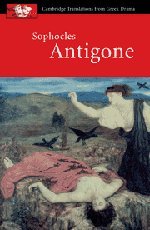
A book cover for Sophocles: Antigone (Cambridge Translations from Greek Drama); Sophocles; Literature & Fiction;